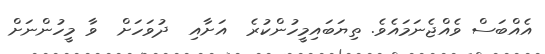
އެއްބަސް ވެއްޖެނަމައެވެ. ތިޔަބައިމީހުންކުރެ  އަށާއި  ދުވަހަށް  ވާ މީހުންނަށް